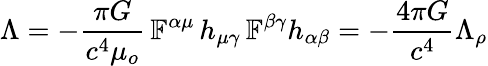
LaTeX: \Lambda=-\frac{\pi G}{c^{4}\mu_{o}}\, \mathbb{F}^{\alpha\mu}\, h_{\mu\gamma}\, \mathbb{F}^{\beta\gamma}h_{\alpha\beta}=-\frac{4\pi G}{c^{4}}\Lambda_{\rho}